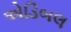
એડિબલ